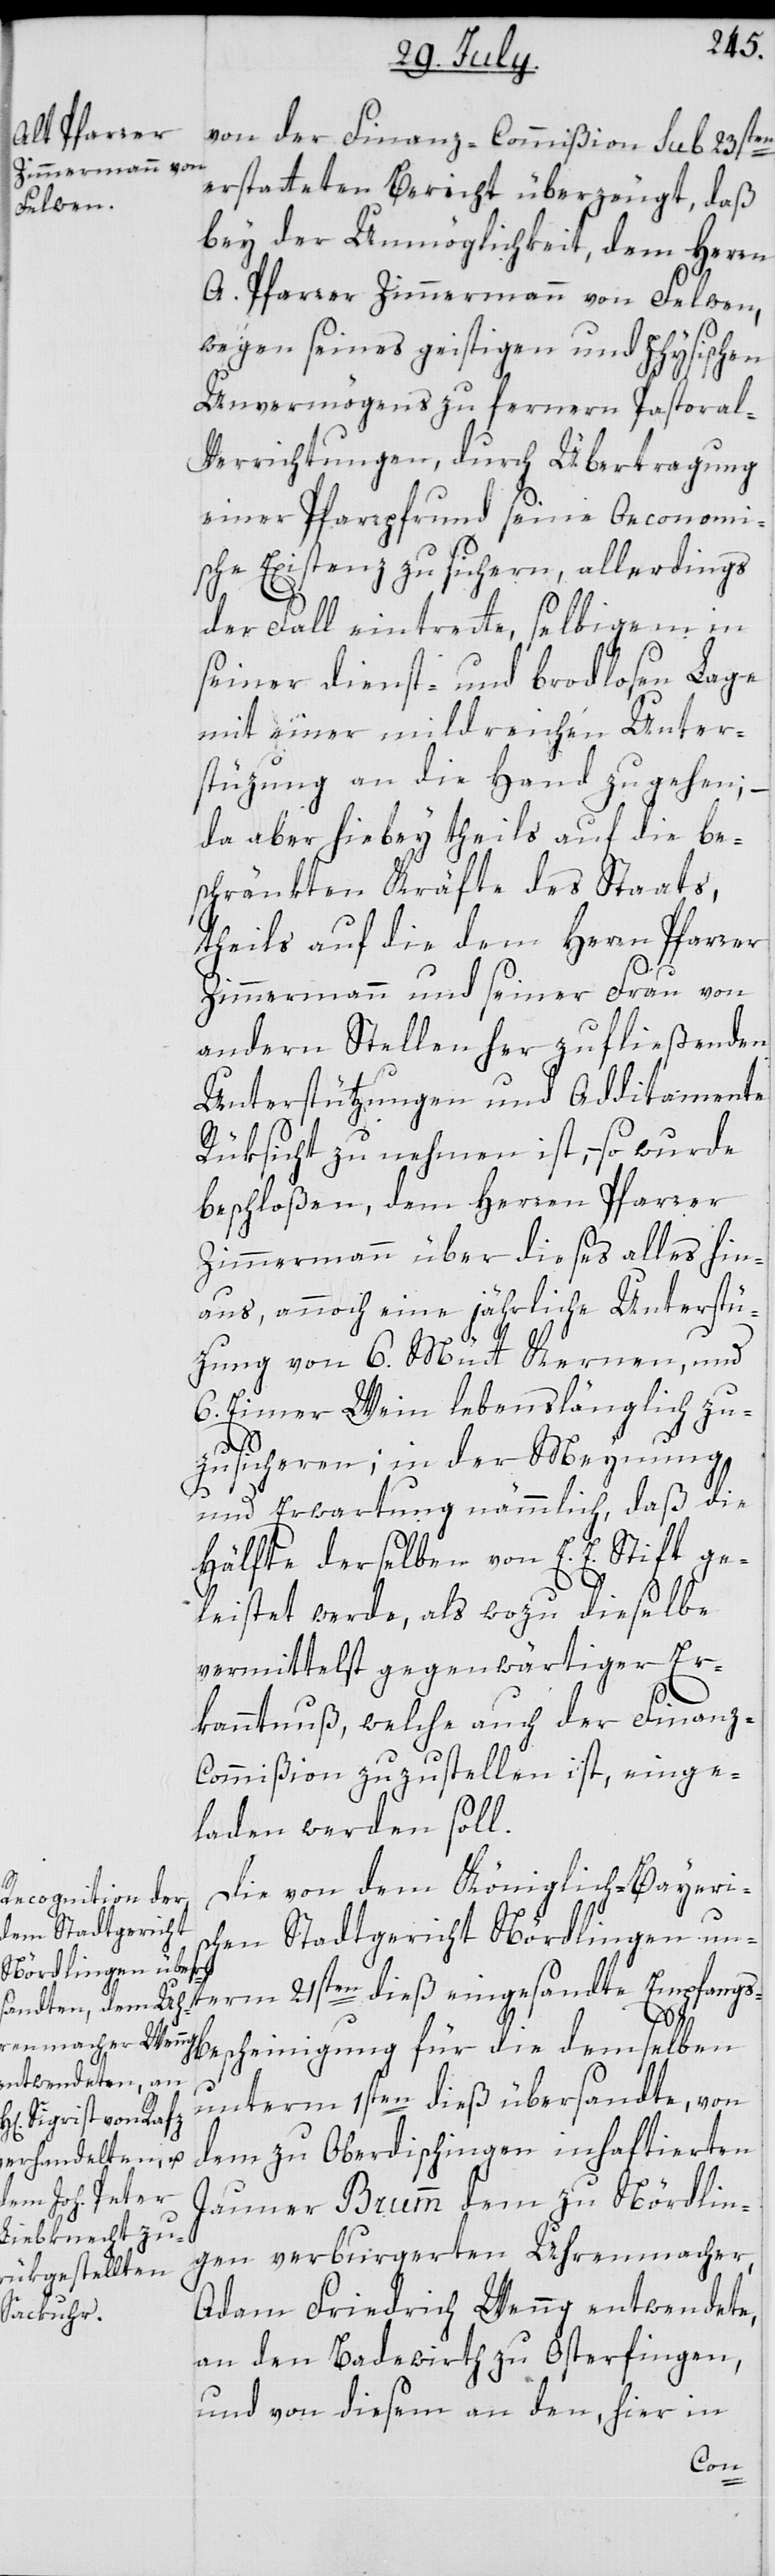
von der Finanz-Commißion sub 23sten
erstatteten Bericht überzeugt, daß
bey der Unmöglichkeit, dem Herren
A. Pfarrer Zimmermann von Felwen,
wegen seines geistigen und physischen
Unvermögens zu fernern Pastora¬
l-Verrichtungen, durch Übertragung
einer Pfarrpfrund seine Oeconomi¬
sche Existenz zu sichern, allerdings
der Fall eintrette, selbigem in
seiner dienst- und brodlosen Lage
mit einer mildreichen Unter¬
stüzung an die Hand zu gehen; –
da aber hiebey theils auf die be¬
schränkten Kräfte des Staats,
theils auf die dem Herren Pfarrer
Zimmermann und seiner Frau von
andern Stellen her zufließenden
Unterstützungen und Additamente
Rüksicht zu nehmen ist, – so wurde
beschloßen, dem Herren Pfarrer
Zimmermann über dieses alles hin¬
aus, annoch eine jährliche Unterstü¬
zung von 6. Mütt Kernen, und
6. Eimer Wein lebenslänglich zu¬
zusicheren; in der Meynung
und Erwartung nämmlich, daß die
Hälfte derselben von E. E. Stift ge¬
leistet werde, als wozu dieselbe
vermittelst gegenwärtiger Er¬
kanntnuß, welche auch der Finanz-C¬
ommißion zuzustellen ist, einge¬
laden werden soll.
Die von dem Königlich-Bayeri¬
schen Stadtgericht Nördlingen un¬
term 21sten dieß eingesandte Empfangs¬
bescheinigung für die demselben
unterm 1sten dieß übersandte, von
dem zu Oberdischingen inhaftierten
Jauner Brumm dem zu Nördlin¬
gen verburgerten Uhrenmacher,
Adam Friedrich Wenng entwendete,
an den Badewirth zu Osterfingen,
und von diesem an den, hier in